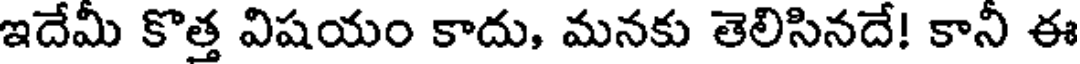
ఇదేమీ కొత్త విషయం కాదు, మనకు తెలిసినదే! కానీ ఈ